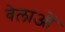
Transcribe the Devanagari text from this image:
वेलाओं